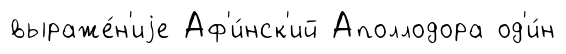
выраже́н'иjе Аф'и́нск'ий Аполлодора од'и́н